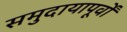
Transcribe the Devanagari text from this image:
समुदायापूर्वों